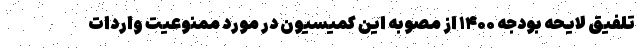
تلفیق لایحه بودجه ۱۴۰۰ از مصوبه این کمیسیون در مورد ممنوعیت واردات